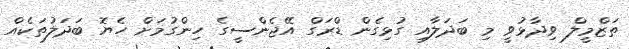
ތަޒްމީލް ވިދާޅުވީ މި ބަދަލާއި ގުޅިގެން ޑްރަގް އޭޖެންސީގެ ހިންގުމަށް ހެޔޮ ބަދަލުތަކެއް